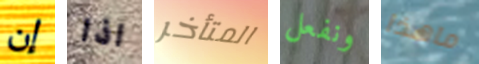
إن اذا المتأخر ونفعل ماهذا